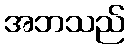
အဘသည်